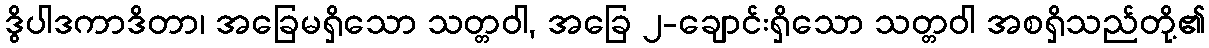
ဒွိပါဒကာဒိတာ၊ အခြေမရှိသော သတ္တဝါ, အခြေ ၂-ချောင်းရှိသော သတ္တဝါ အစရှိသည်တို့၏